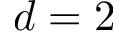
d = 2